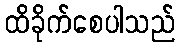
ထိခိုက်စေပါသည်